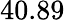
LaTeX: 40.89